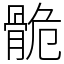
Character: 𩨾